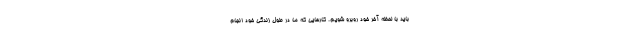
باید با لحظه آخر خود روبرو شویم. کارهایی که ما در طول زندگی خود انجام